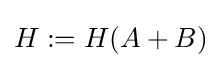
H:=H(A+B)